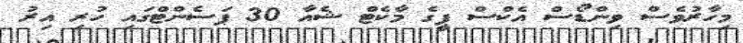
މިހާރުވެސް ވިންޑޯސް އެކްސް ޕީގެ މާކެޓް ޝެއާ 30 ޕަސެންޓްގައި ހުރި އިރު